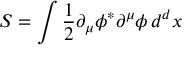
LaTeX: S = \int { \frac { 1 } { 2 } } \partial _ { \mu } \phi ^ { * } \partial ^ { \mu } \phi \, d ^ { d } x